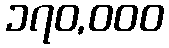
၁၇၀,၀၀၀